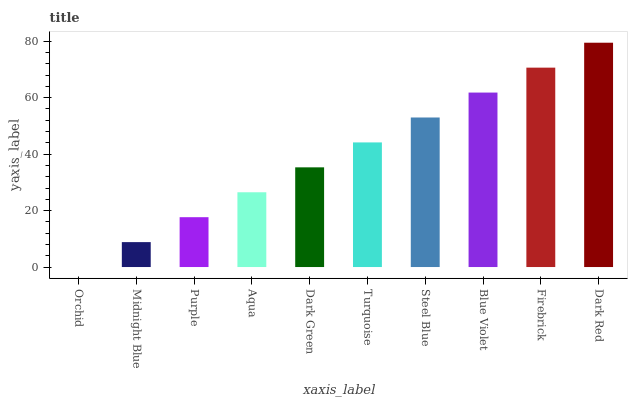
| xaxis_label | bars |
 | --- | --- |
 | Orchid | 0 |
 | Midnight Blue | 8.83 |
 | Purple | 17.7 |
 | Aqua | 26.5 |
 | Dark Green | 35.3 |
 | Turquoise | 44.2 |
 | Steel Blue | 53 |
 | Blue Violet | 61.8 |
 | Firebrick | 70.6 |
 | Dark Red | 79.5 |